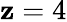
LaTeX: \mathbf{z}=4